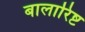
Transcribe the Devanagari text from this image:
बालारिष्ट